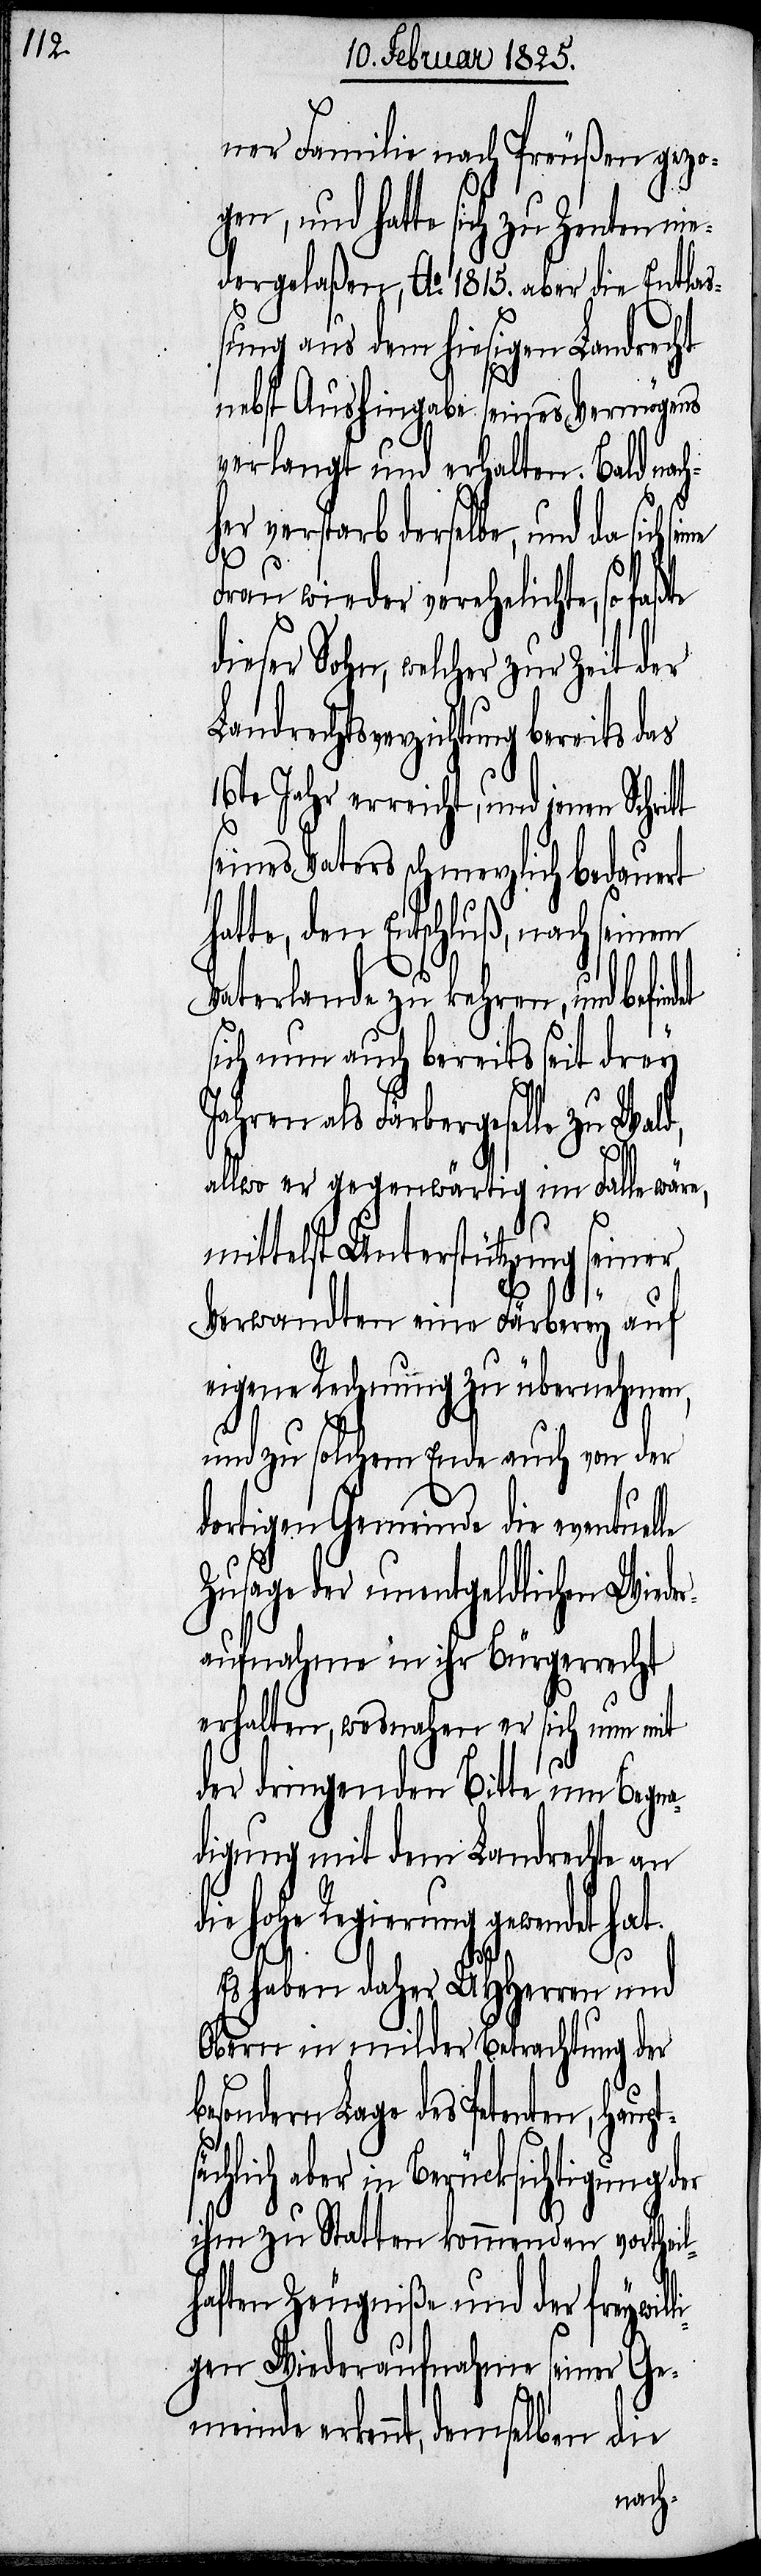
ptsä¬

ner Familie nach Preußen gezo¬
gen, und hatte sich zu Zenten nie¬
dergelaßen, Ao. 1815. aber die Entlaß¬
ung aus dem hiesigen Landrecht
nebst Aushingabe seines Vermögens
verlangt und erhalten. Bald
er verstarb derselbe, und da sich
Frau wieder verehelichte, so
dieser Sohn, welcher zur Zeit der
Landrechtsverzichtung bereits
16te Jahr erreicht, und jenen Schrit¬
seines Vaters schmerzlich bedauert
Vaterlande zu kehren, und befind¬
sich nun auch bereits seit drey
Jahren als Färbergeselle zu Wald,
allwo er gegenwärtig im Falle wäre,
mittelst Unterstützung seiner
Verwandten eine Färberey auf
eigene Rechnung zu übernehmen,
und zu solchem Ende auch von der
dortigen Gemeinde die eventuelle
Zusage der unentgeldlichen Wiede¬
raufnahme in ihr Bürgerrecht
erhalten, wesnahen er sich nun mit
der dringenden Bitte um Begna¬
digung mit dem Landrechte an
hohe Regierung gewendet
Es haben daher UHHerren und
Obern in milder Betrachtung der
besondern Lage des Petenten, hau¬
chlich aber in Berücksichtigung der
ihm zu Statten kommenden vortheil¬
haften Zeugniße und der freywil¬
ligen Wiederaufnahme seiner Ge¬
meinde erkennt, demselben die
nach